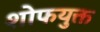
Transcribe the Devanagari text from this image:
शोफयुक्त